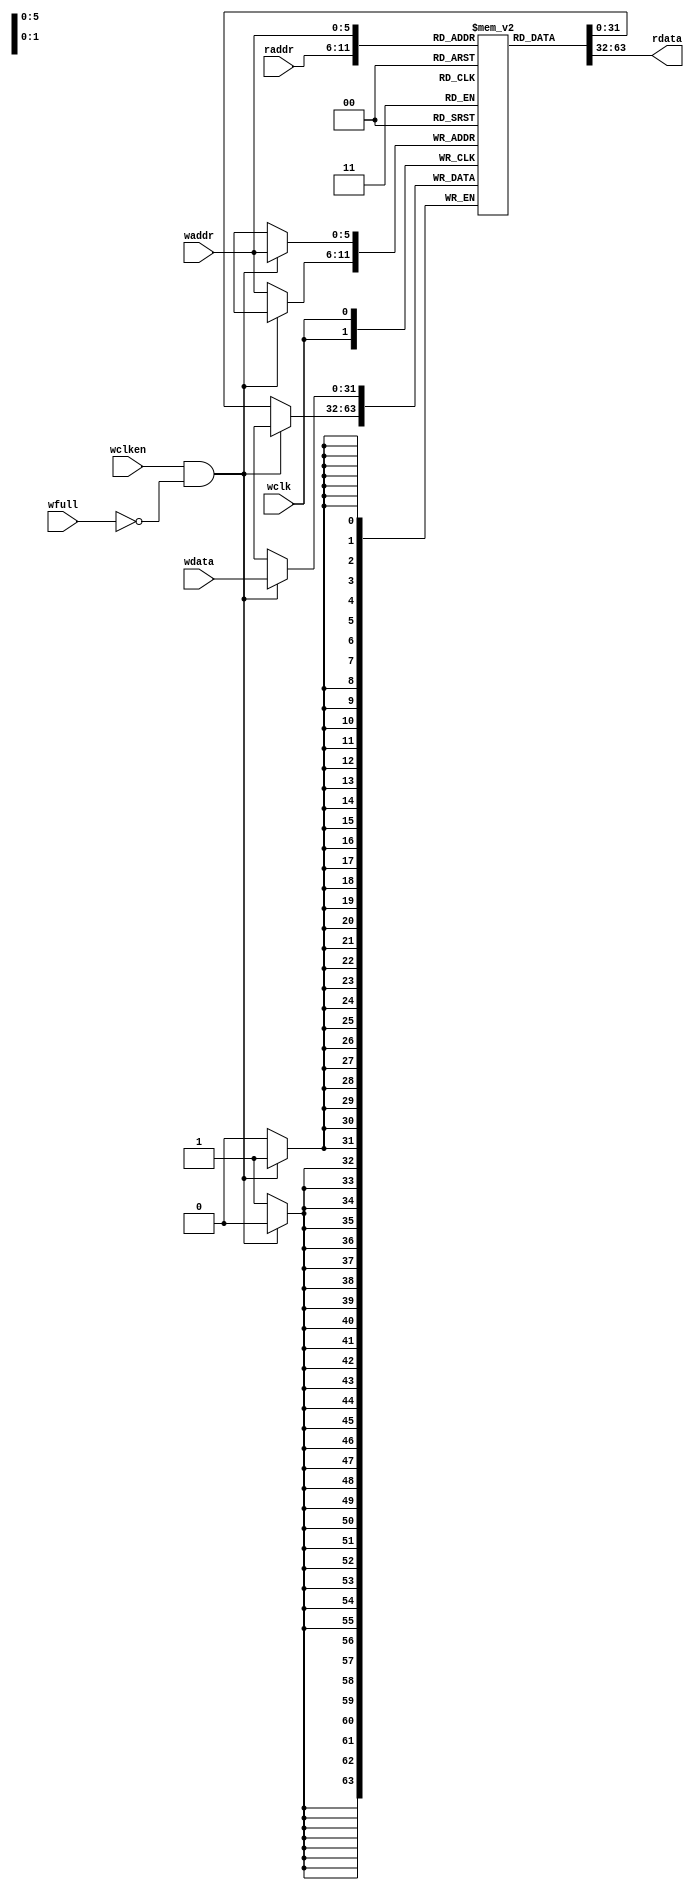
module FIFO_RAM #(
    parameter  DATASIZE = 32, // Memory data word width               
    parameter  ADDRSIZE = 6  // 65(6)fifo2^5
) // Number of mem address bits
(
    input  wclk, 
    input  wclken,
    input  wfull,
    input  [DATASIZE-1:0] wdata, 
    input  [ADDRSIZE-1:0] waddr,
    input  [ADDRSIZE-1:0] raddr,
    output [DATASIZE-1:0] rdata
);

 // RTL Verilog memory model
localparam DEPTH = 1<<ADDRSIZE;   // 2^6

reg [DATASIZE-1:0] mem [0:DEPTH-1]; //fifo+

assign rdata = mem[raddr];

always @(posedge wclk) begin//wclk
    if (wclken && !wfull) begin
        mem[waddr] <= wdata;
    end else begin
        mem[waddr] <= mem[waddr];
    end
end

endmodule